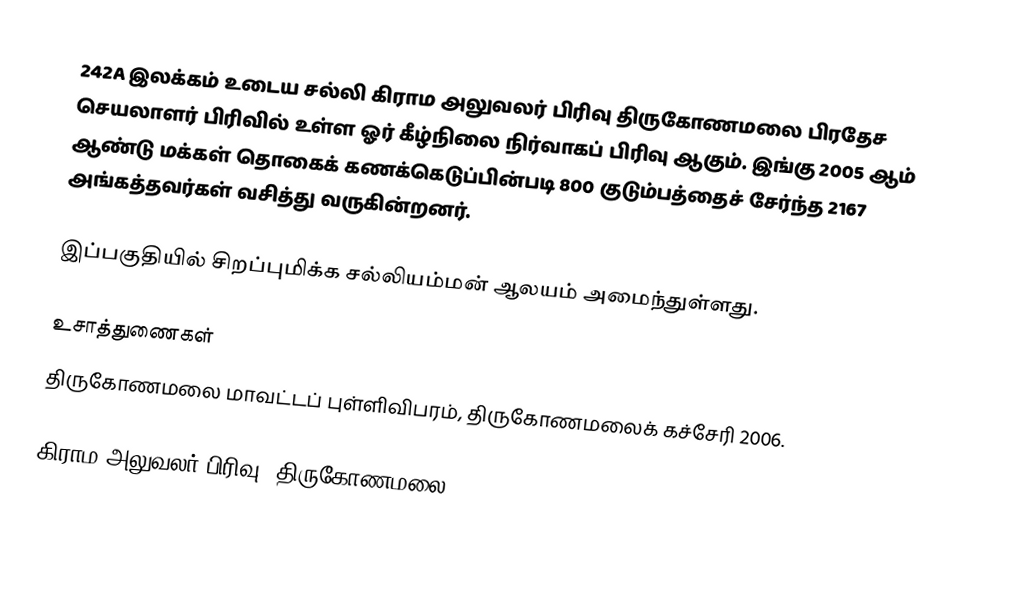
242A இலக்கம்  உடைய சல்லி கிராம அலுவலர் பிரிவு திருகோணமலை பிரதேச செயலாளர் பிரிவில் உள்ள ஓர் கீழ்நிலை நிர்வாகப் பிரிவு ஆகும். இங்கு 2005 ஆம் ஆண்டு மக்கள் தொகைக் கணக்கெடுப்பின்படி 800 குடும்பத்தைச் சேர்ந்த 2167 அங்கத்தவர்கள் வசித்து வருகின்றனர்.

இப்பகுதியில் சிறப்புமிக்க சல்லியம்மன் ஆலயம் அமைந்துள்ளது.

உசாத்துணைகள்
திருகோணமலை மாவட்டப் புள்ளிவிபரம், திருகோணமலைக் கச்சேரி 2006.

கிராம அலுவலர் பிரிவு (திருகோணமலை)